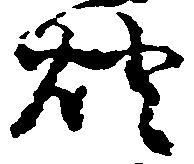
燈